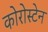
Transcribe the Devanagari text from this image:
कोरोस्टेन